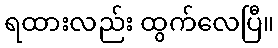
ရထားလည်း ထွက်လေပြီ။